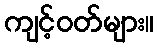
ကျင့်ဝတ်များ။